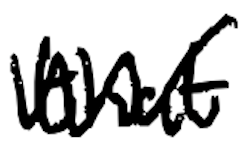
Text: that
Cross-out: zig-zag
Writing tool: digital_black